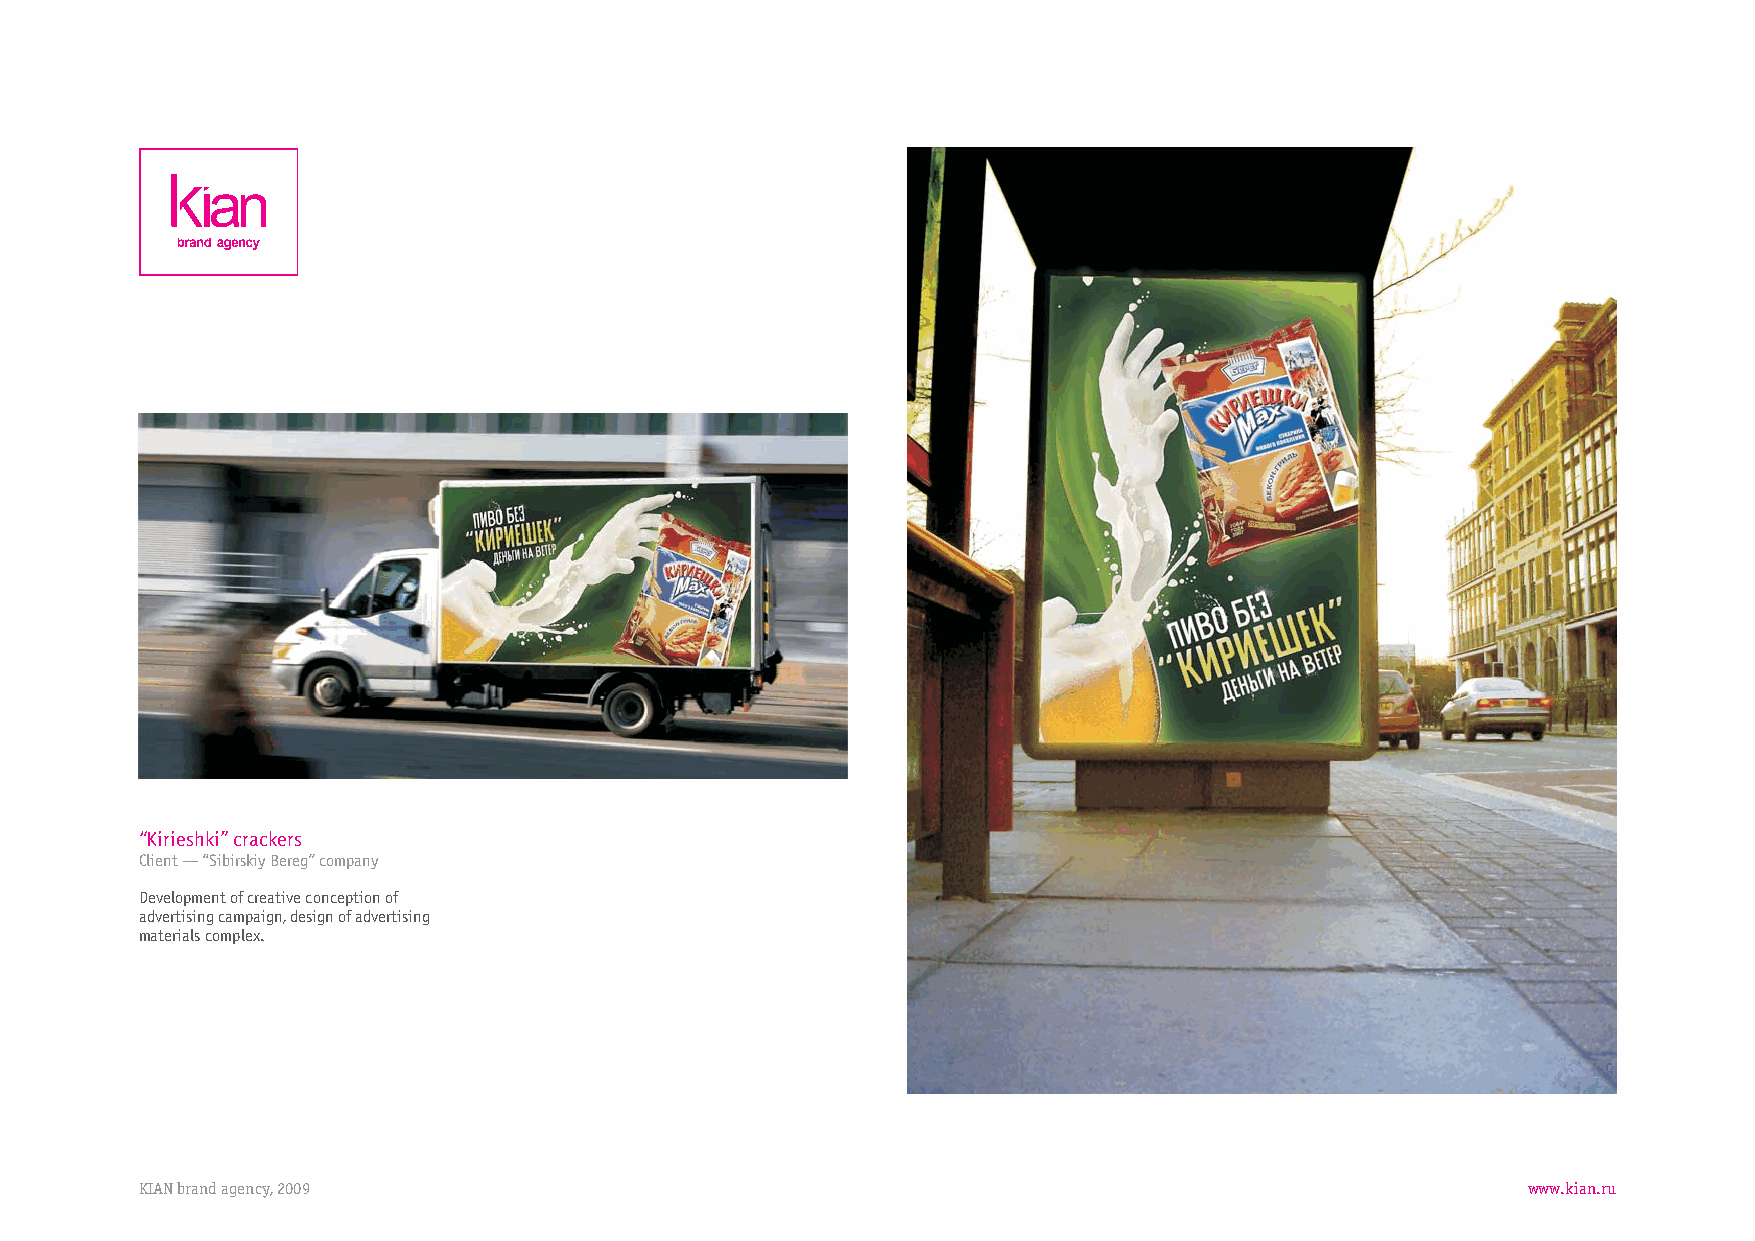
“Kirieshki”crackers
 Client—“SibirskiyBereg”company
 Developmentofcreativeconceptionof
 advertisingcampaign,designofadvertising
 materialscomplex.
 KIANbrandagency,2009                                                                        www.kian.ru